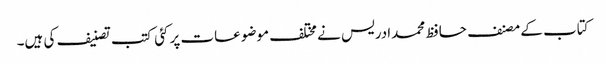
کتاب کے مصنف حافظ محمدادریس نے مختلف موضوعات پر کئی کتب تصنیف کی ہیں۔